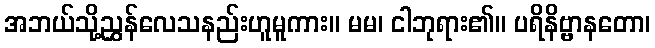
အဘယ်သို့ညွှန်လေသနည်းဟူမူကား။ မမ၊ ငါဘုရား၏။ ပရိနိဗ္ဗာနတော၊